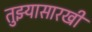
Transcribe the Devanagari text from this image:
तुझ्यासारखी